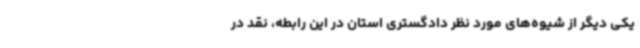
یکی دیگر از شیوه‌های مورد نظر دادگستری استان در این رابطه، نقد در